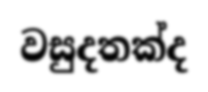
වසුදතක්ද